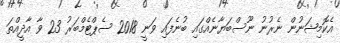
އެކޮމިޝަނުން ނެރުނު ނޫސްބަޔާނެއްގައި ބުނެފައި ވަނީ 2018 ސެޕްޓެމްބަރު 23 ވާ އާދީއްތަ